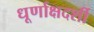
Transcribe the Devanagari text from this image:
धूर्णाक्षदर्शी